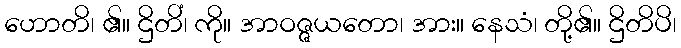
ဟောတိ၊ ၏။ ဌိတိံ၊ ကို။ အာဝဇ္ဇယတော၊ အား။ နေသံ၊ တို့၏။ ဌိတိပိ၊